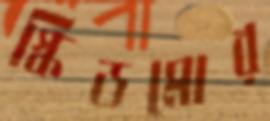
স্কিডমোর